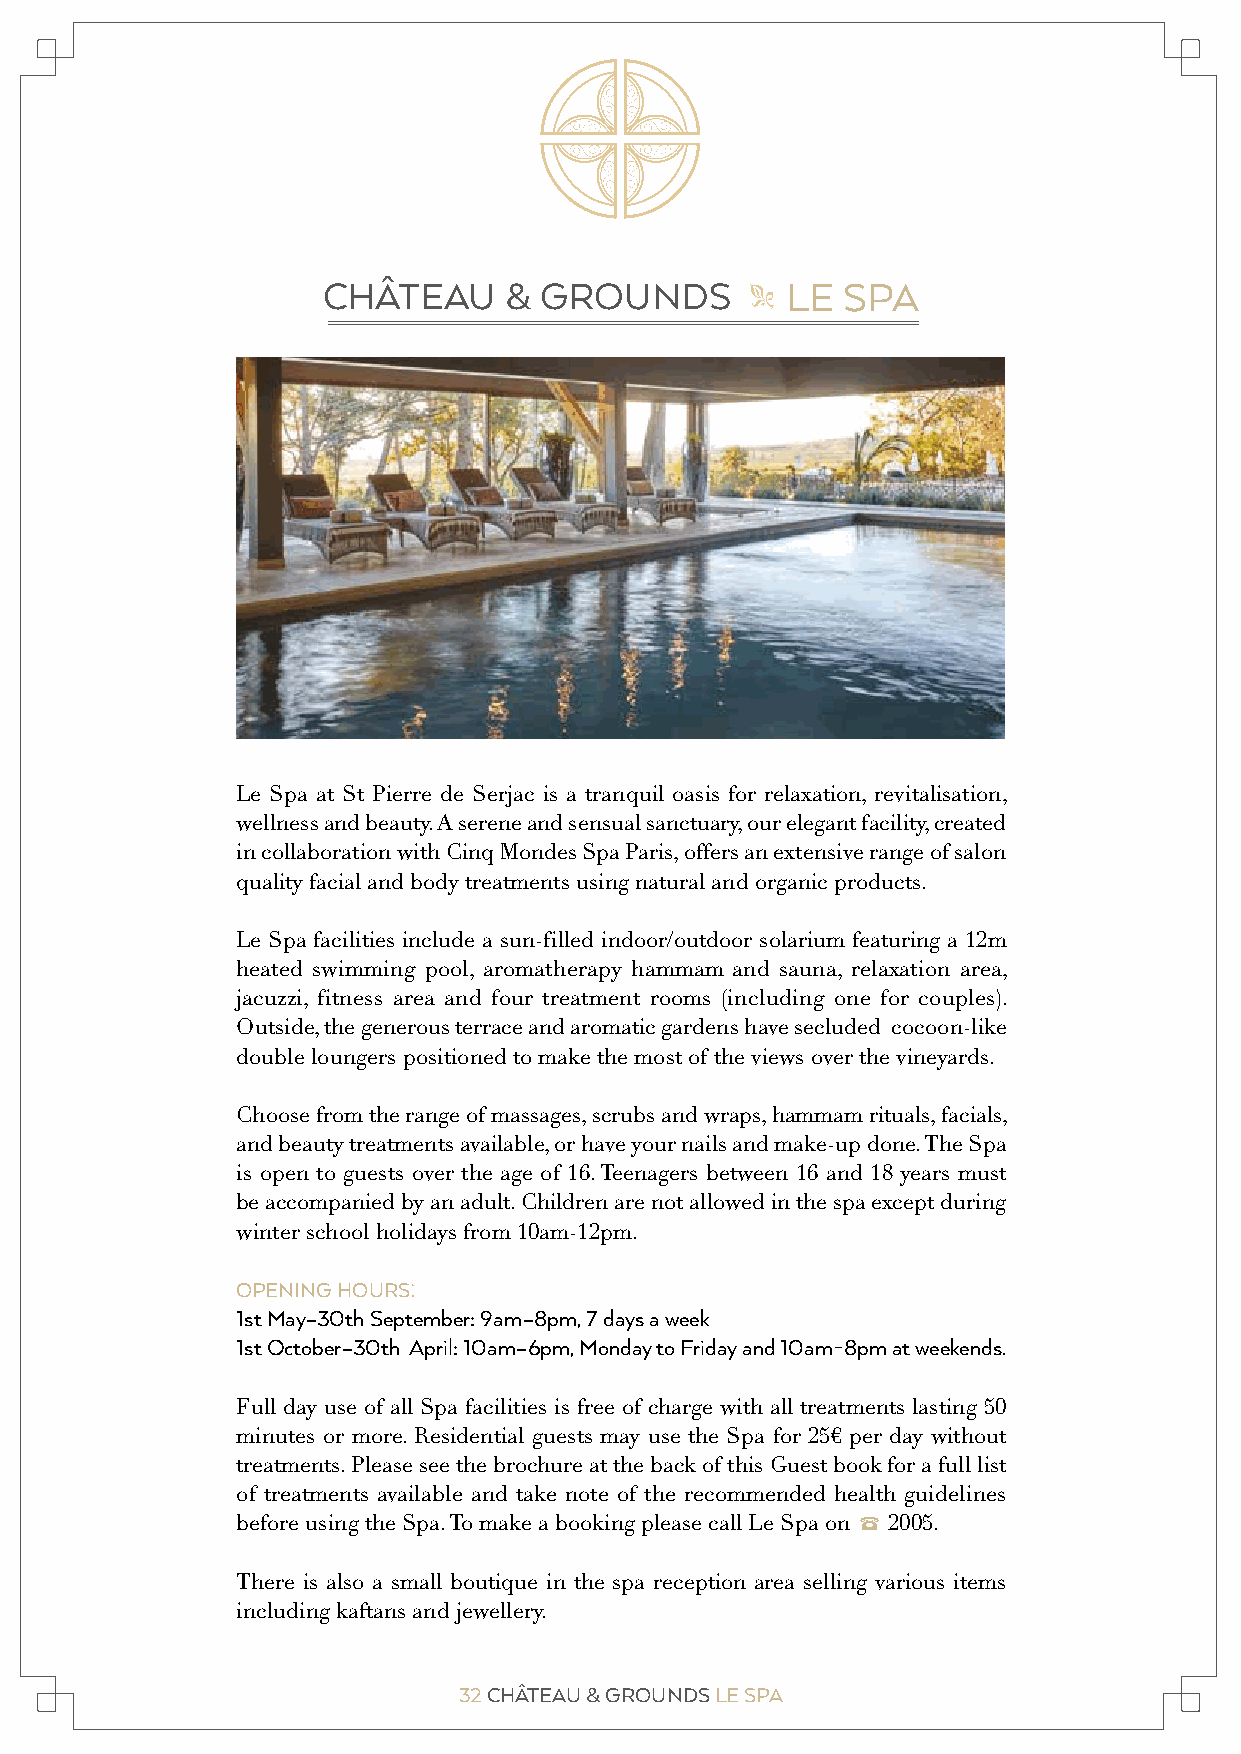
CHÂTEAU     &  GROUNDS         LE  SPA
 "
 Le Spa at St Pierre de Serjac is a tranquil oasis for relaxation, revitalisation,
 wellness and beauty. A serene and sensual sanctuary, our elegant facility, created
 in collaboration with Cinq Mondes Spa Paris, offers an extensive range of salon
 quality facial and body treatments using natural and organic products.
 Le Spa facilities include a sun-filled indoor/outdoor solarium featuring a 12m
 heated swimming pool, aromatherapy hammam and sauna, relaxation area,
 jacuzzi, fitness area and four treatment rooms (including one for couples).
 Outside, the generous terrace and aromatic gardens have secluded cocoon-like
 double loungers positioned to make the most of the views over the vineyards.
 Choose from the range of massages, scrubs and wraps, hammam rituals, facials,
 and beauty treatments available, or have your nails and make-up done. The Spa
 is open to guests over the age of 16. Teenagers between 16 and 18 years must
 be accompanied by an adult. Children are not allowed in the spa except during
 winter school holidays from 10am-12pm.
 OPENING HOURS:
 1st May–30th September: 9am–8pm, 7 days a week
 1st October–30th April: 10am–6pm, Monday to Friday and 10am-8pm at weekends.
 Full day use of all Spa facilities is free of charge with all treatments lasting 50
 minutes or more. Residential guests may use the Spa for 25€ per day without
 treatments. Please see the brochure at the back of this Guest book for a full list
 of treatments available and take note of the recommended health guidelines
 before using the Spa. To make a booking please call Le Spa on 2 2005.
 There is also a small boutique in the spa reception area selling various items
 including kaftans and jewellery.
 32 CHÂTEAU & GROUNDS LE SPA